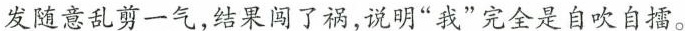
发随意乱剪一气，结果闯了祸，说明”我”完全是自吹自擂。